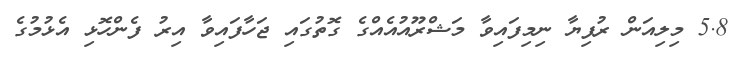
5.8 މިލިއަން ރުފިޔާ ނިމިފައިވާ މަޝްރޫއުއެއްގެ ގޮތުގައި ޖަހާފައިވާ އިރު ފެންހޮޅި އެޅުމުގެ